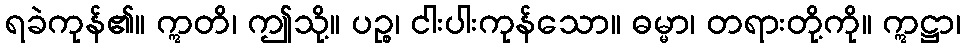
ရခဲကုန်၏။ ဣတိ၊ ဤသို့။ ပဉ္စ၊ ငါးပါးကုန်သော။ ဓမ္မာ၊ တရားတို့ကို။ ဣဋ္ဌာ၊